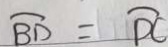
\widehat { B D } = \widehat { D C }